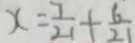
x = \frac { 7 } { 2 1 } + \frac { 6 } { 2 1 }